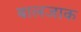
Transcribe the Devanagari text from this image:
बालजाक